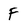
Character: F